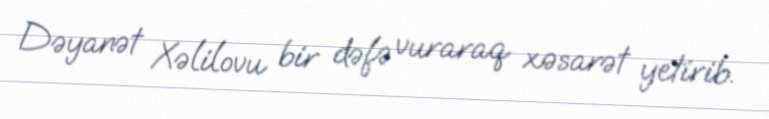
Dəyanət Xəlilovu bir dəfə vuraraq xəsarət yetirib.